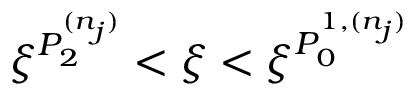
\xi ^ { P _ { 2 } ^ { ( n _ { j } ) } } < \xi < \xi ^ { P _ { 0 } ^ { 1 , ( n _ { j } ) } }